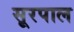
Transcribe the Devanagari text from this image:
सूरपाल